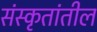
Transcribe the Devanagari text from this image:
संस्कृतांतील